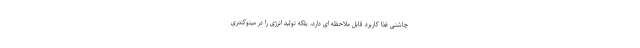
چاشنی غذا کاربرد قابل ملاحظه ای دارد، بلکه تولید انرژی را در میتوکندری